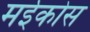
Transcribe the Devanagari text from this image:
मईकोस